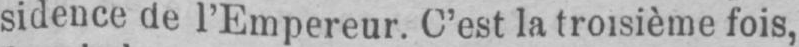
sidence de l’Empereur. C’est la troisième fois,